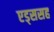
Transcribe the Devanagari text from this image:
एड्ससह